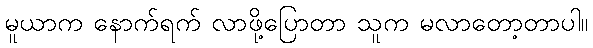
မူယာက နောက်ရက် လာဖို့ပြောတာ သူက မလာတော့တာပါ။